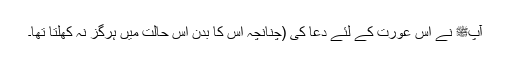
آپﷺ نے اس عورت کے لئے دعا کی (چنانچہ اس کا بدن اس حالت میں ہرگز نہ کھلتا تھا۔